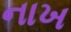
નાખ